画像に写った文字を読んでください
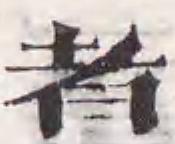
「者」と書いてあります